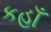
કહાઁ